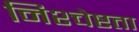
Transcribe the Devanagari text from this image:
निश्चेष्टता